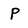
Character: p